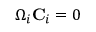
\Omega _ { i } { \bf C } _ { i } = 0